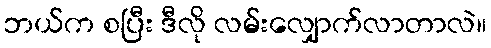
ဘယ်က စပြီး ဒီလို လမ်းလျှောက်လာတာလဲ။